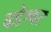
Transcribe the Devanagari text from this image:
वडेश्वर